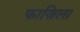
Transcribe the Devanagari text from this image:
फाज़िला